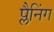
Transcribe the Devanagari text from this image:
प्लैनिंग